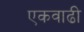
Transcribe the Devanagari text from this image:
एकवाढी